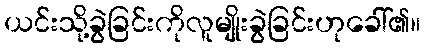
ယင်းသို့ခွဲခြင်းကိုလူမျိုးခွဲခြင်းဟုခေါ်၏။